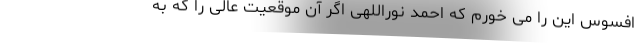
افسوس این را می ‌خورم که احمد نوراللهی اگر آن موقعیت عالی را که به